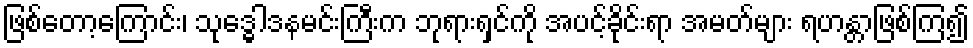
ဖြစ်တော့ကြောင်း၊ သုဒ္ဓေါဒနမင်းကြီးက ဘုရားရှင်ကို အပင့်ခိုင်းရာ အမတ်များ ရဟန္တာဖြစ်ကြ၍